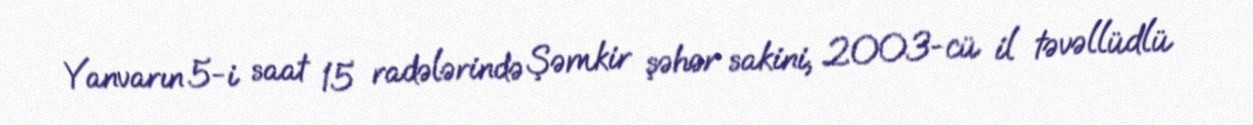
Yanvarın 5-i saat 15 radələrində Şəmkir şəhər sakini, 2003-cü il təvəllüdlü